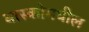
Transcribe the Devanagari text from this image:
बास्कोमधील